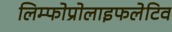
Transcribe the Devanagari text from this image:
लिम्फोप्रोलाइफलेटिव